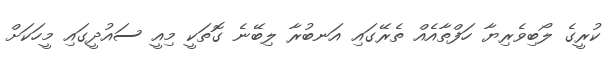
ކުރީގެ ލޯބިވެރިޔާ ހަފްތާއެއް ތެރޭގައި އަނބުރާ ލިބޭނެ ގޮތަކީ މިއީ ސައުދީގައި މީހަކަށް